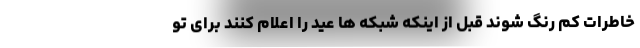
خاطرات کم رنگ شوند قبل از اینکه شبکه ها عید را اعلام کنند برای تو